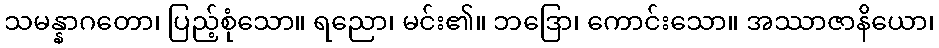
သမန္နာဂတော၊ ပြည့်စုံသော။ ရညော၊ မင်း၏။ ဘဒြော၊ ကောင်းသော။ အဿာဇာနိယော၊